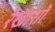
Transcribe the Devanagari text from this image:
रेखांशो